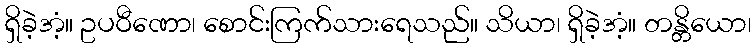
ရှိခဲ့အံ့။ ဥပဝီဏော၊ စောင်းကြက်သားရေသည်။ သိယာ၊ ရှိခဲ့အံ့။ တန္တိယော၊